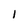
Character: l